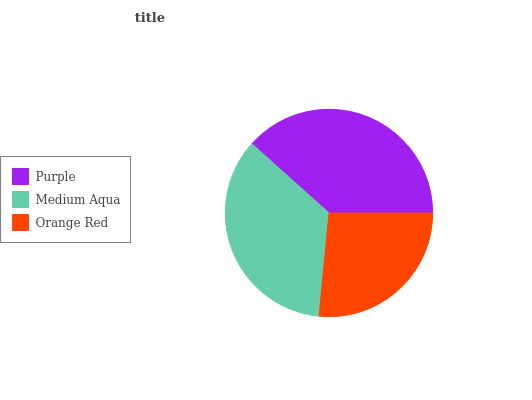
| Purple | Medium Aqua | Orange Red |
 | --- | --- | --- |
 | 38.3% | 35.1% | 26.6% |